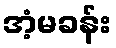
အံ့မခန်း